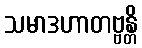
သမာဒဟာတဗ္ဗန္တိ